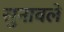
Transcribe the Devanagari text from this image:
सुनावले